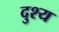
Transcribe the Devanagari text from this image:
दुश्‍य